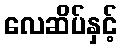
လေဆိပ်နှင့်